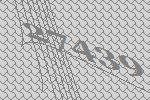
27439